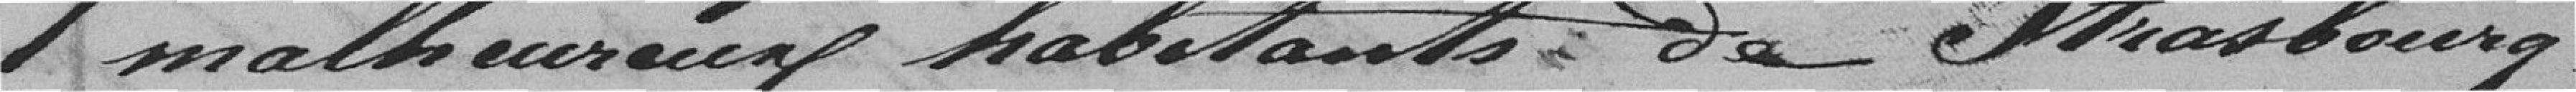
malheureux habitants de Strasbourg.